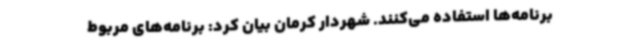
برنامه‌ها استفاده می‌کنند. شهردار کرمان بیان کرد: برنامه‌های مربوط